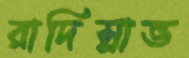
রাদিস্লাভ